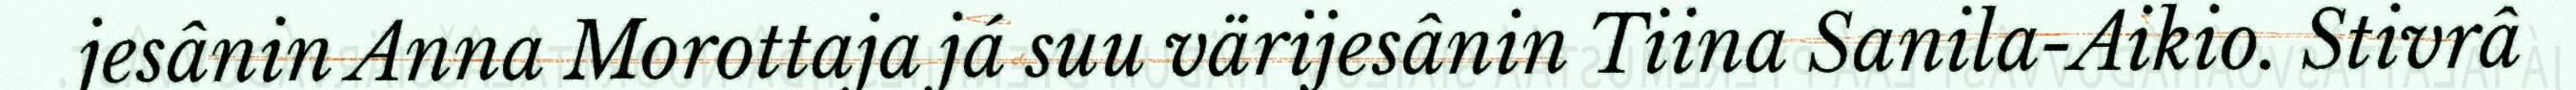
jesânin Anna Morottaja já suu värijesânin Tiina Sanila-Aikio. Stivrâ